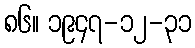
၈၆။ ၁၉၄၇-၁၂-၃၁